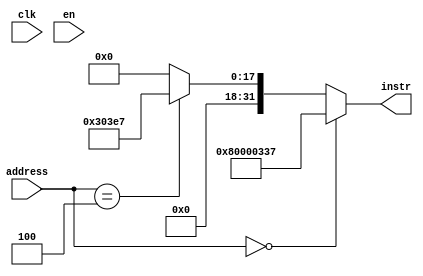

module ROM (clk, en, address, instr);

   input wire [30:0] address;   
   input wire         clk;
   input wire 	      en;

   output wire [31:0] instr;

   assign instr = (address == 31'h0000_0000) ? 32'h8000_0337 :
                  (address == 31'h0000_0004) ? 32'h0003_03E7 :
                  32'h0000_0000;
   
   //always_ff @(posedge clk)
   //always@(*)
   //  if (en)
   //    begin
   //   	  case (address)
   //   	    //{31'h0}: instr <= 32'h37030080;	    
   //   	    {31'h0}: instr <= 32'h80000337;	    
   //   	    //{31'h4}: instr <= 32'hE7030300;
   //   	    {31'h4}: instr <= 32'h000303E7;
   //   	    default: instr <= 32'h0;
   //   	  endcase // case (address)	  	    
   //    end

endmodule